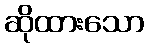
ဆိုထားသော